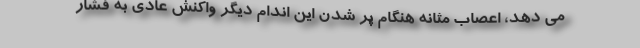
می دهد، اعصاب مثانه هنگام پر شدن این اندام دیگر واکنش عادی به فشار